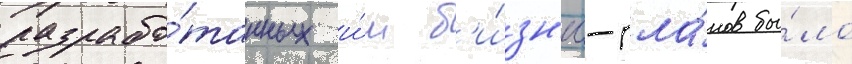
разрабо́танных и́м б'и́зн'ес-пла́нов бы́ло